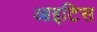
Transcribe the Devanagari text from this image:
आइटिस